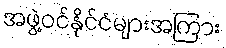
အဖွဲ့ဝင်နိုင်ငံများအကြား